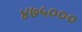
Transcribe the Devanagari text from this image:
४७५०००